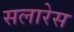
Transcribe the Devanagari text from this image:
सलारेस